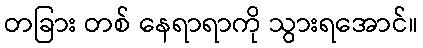
တခြား တစ် နေရာရာကို သွားရအောင်။